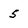
Character: 5